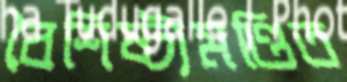
বৈশিষ্ট্যমণ্ডিত